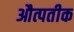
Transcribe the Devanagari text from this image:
औत्पतीक